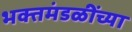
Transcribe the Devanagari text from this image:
भक्तमंडळींच्या